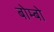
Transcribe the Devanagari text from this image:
बोम्बो